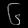
Digit: ၆